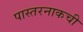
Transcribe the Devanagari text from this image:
पास्तरनाकची